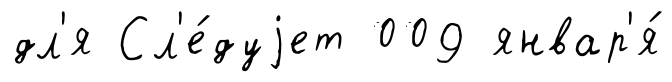
дл'я Сл'е́дуjет 009 январ'я́